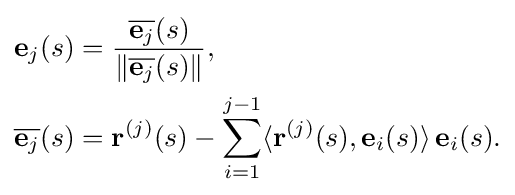
{\begin{aligned}\mathbf {e} _{j}(s)&={\frac {{\overline {\mathbf {e} _{j}}}(s)}{\|{\overline {\mathbf {e} _{j}}}(s)\|}},\\{\overline {\mathbf {e} _{j}}}(s)&=\mathbf {r} ^{(j)}(s)-\sum _{i=1}^{j-1}\langle \mathbf {r} ^{(j)}(s),\mathbf {e} _{i}(s)\rangle \,\mathbf {e} _{i}(s).\end{aligned}}